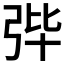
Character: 𪪼